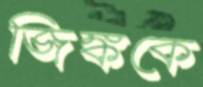
জিঙ্ককে